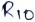
Text: R10